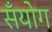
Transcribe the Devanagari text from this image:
सँयोग